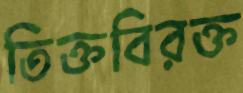
তিক্তবিরক্ত